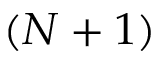
( N + 1 )